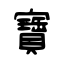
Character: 寶